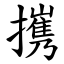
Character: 㩗